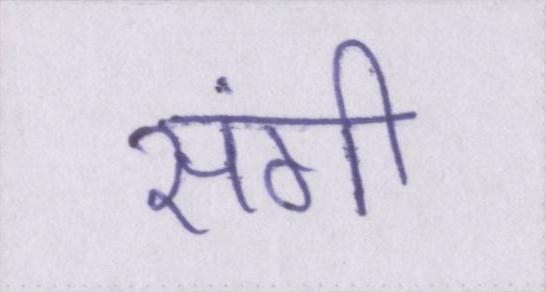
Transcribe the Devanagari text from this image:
संगी